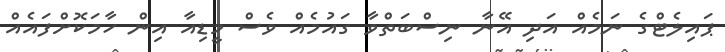
ޕައިލެޓްގެ ނަމެއް އަދި އޭނާ ނިސްބަތްވާ ގައުމެއް ވެސް މީޑިއާ އިން ހާމަކޮށްފައެއް